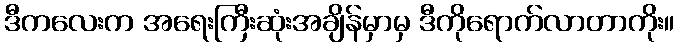
ဒီကလေးက အရေးကြီးဆုံးအချိန်မှာမှ ဒီကိုရောက်လာတာကိုး။